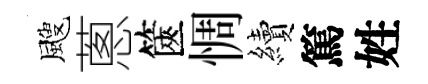
颼蔥篋惆續篤姓